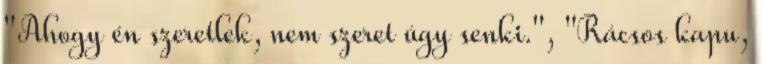
"Ahogy én szeretlek, nem szeret úgy senki.", "Rácsos kapu,